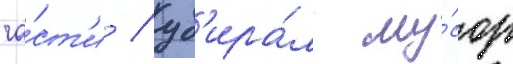
ча́ст'и / уб'ира́л му́сор